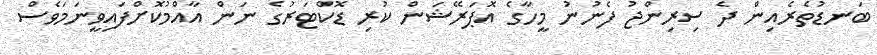
ބަނޑުތެރެއިން ދެ ސިރިންޖު ފެނުނު މީހާގެ އޮޕަރޭޝަން ކުރި ޑޮކްޓަރުގެ ނަން އާއްމުކޮށްފައިވީނަމަވެސް